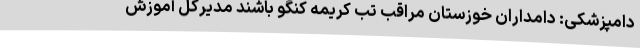
دامپزشکی: دامداران خوزستان مراقب تب کریمه کنگو باشند مدیرکل آموزش